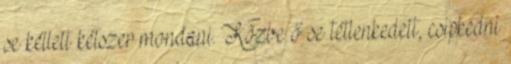
se kellett kétszer mondani. Közbe ő se tétlenkedett, csipkedni